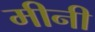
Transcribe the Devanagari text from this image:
मीनी